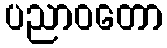
ပညာဝတော